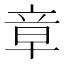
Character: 章